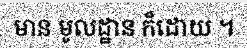
មាន មូលដ្ឋាន ក៏ដោយ ។